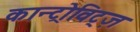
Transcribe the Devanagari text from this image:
कान्ट्रोविट्ज़